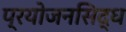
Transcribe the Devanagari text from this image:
प्रयोजनसिद्ध